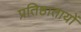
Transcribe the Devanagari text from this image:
प्रतिष्ठातायों